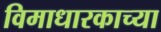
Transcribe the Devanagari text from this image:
विमाधारकाच्या